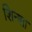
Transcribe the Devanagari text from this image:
शिन्शा